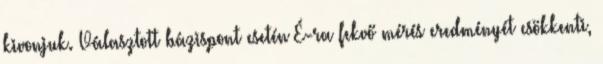
kivonjuk. Választott bázispont esetén É-ra fekvő mérés eredményét csökkenti,